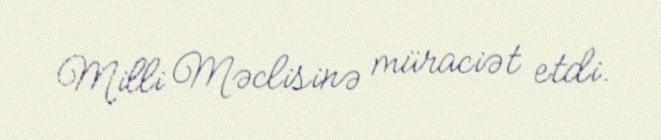
Milli Məclisinə müraciət etdi.